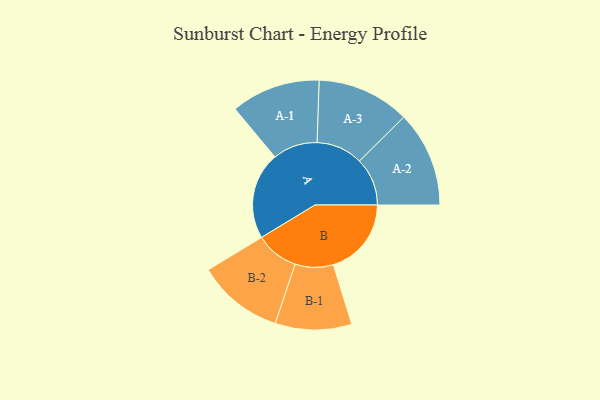
{"axis": {"x": "Segment", "y": "Value"}, "legend": ["", "A", "B"], "data": [{"x": "A", "y": 486, "type": ""}, {"x": "B", "y": 435, "type": ""}, {"x": "A-1", "y": 249, "type": "A"}, {"x": "A-2", "y": 267, "type": "A"}, {"x": "A-3", "y": 259, "type": "A"}, {"x": "B-1", "y": 213, "type": "B"}, {"x": "B-2", "y": 240, "type": "B"}]}